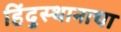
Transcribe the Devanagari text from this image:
हिंदुस्थानाचा